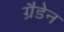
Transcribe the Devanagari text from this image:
ग्रैडेन